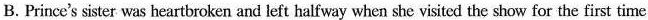
B.Prince's sister was heartbroken and left halfway when she visited the show for the first time